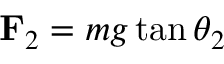
\mathbf { F } _ { 2 } = m g \tan \theta _ { 2 }